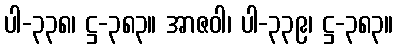
ပါ-၃၃၈၊ ဋ္ဌ-၃၈၃။ အာဇဝါ၊ ပါ-၃၃၉၊ ဋ္ဌ-၃၈၃။